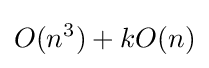
O(n^{3})+kO(n)